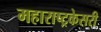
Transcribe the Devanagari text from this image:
महाराष्ट्रकेसरी